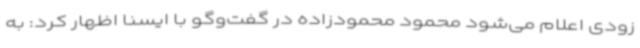
زودی اعلام می‌شود محمود محمودزاده در گفت‌وگو با ایسنا اظهار کرد: به